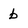
Character: b